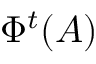
\Phi ^ { t } ( A )